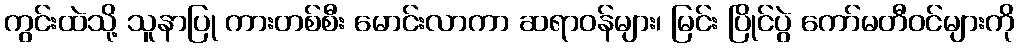
ကွင်းထဲသို့ သူနာပြု ကားတစ်စီး မောင်းလာကာ ဆရာဝန်များ၊ မြင်း ပြိုင်ပွဲ ကော်မတီဝင်များကို